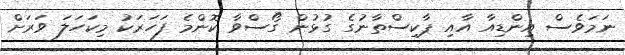
ނަމަވެސް އިންޑިއާ އާއި ޕާކިސްތާނުގެ ގުޅުން ގޯސްވާ ކޮންމެ ފަހަރަކު މިކަހަލަ ވަރަށް